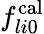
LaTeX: f_{li0}^{\mathrm{cal}}